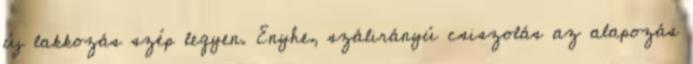
új lakkozás szép legyen. Enyhe, szálirányú csiszolás az alapozás